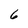
Character: 6